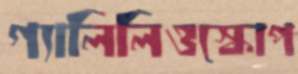
গ্যালিলিওস্কোপ